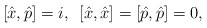
\begin{align*}[\hat{x},\hat{p}]=i , \enskip [\hat{x}, \hat{x}]=[\hat{p}, \hat{p}]=0 ,\end{align*}